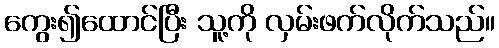
ကွေး၍ထောင်ပြီး သူ့ကို လှမ်းဖက်လိုက်သည်။